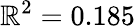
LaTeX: \mathbb{R}^{2}=0.185